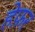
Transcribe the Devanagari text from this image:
हेफ़र